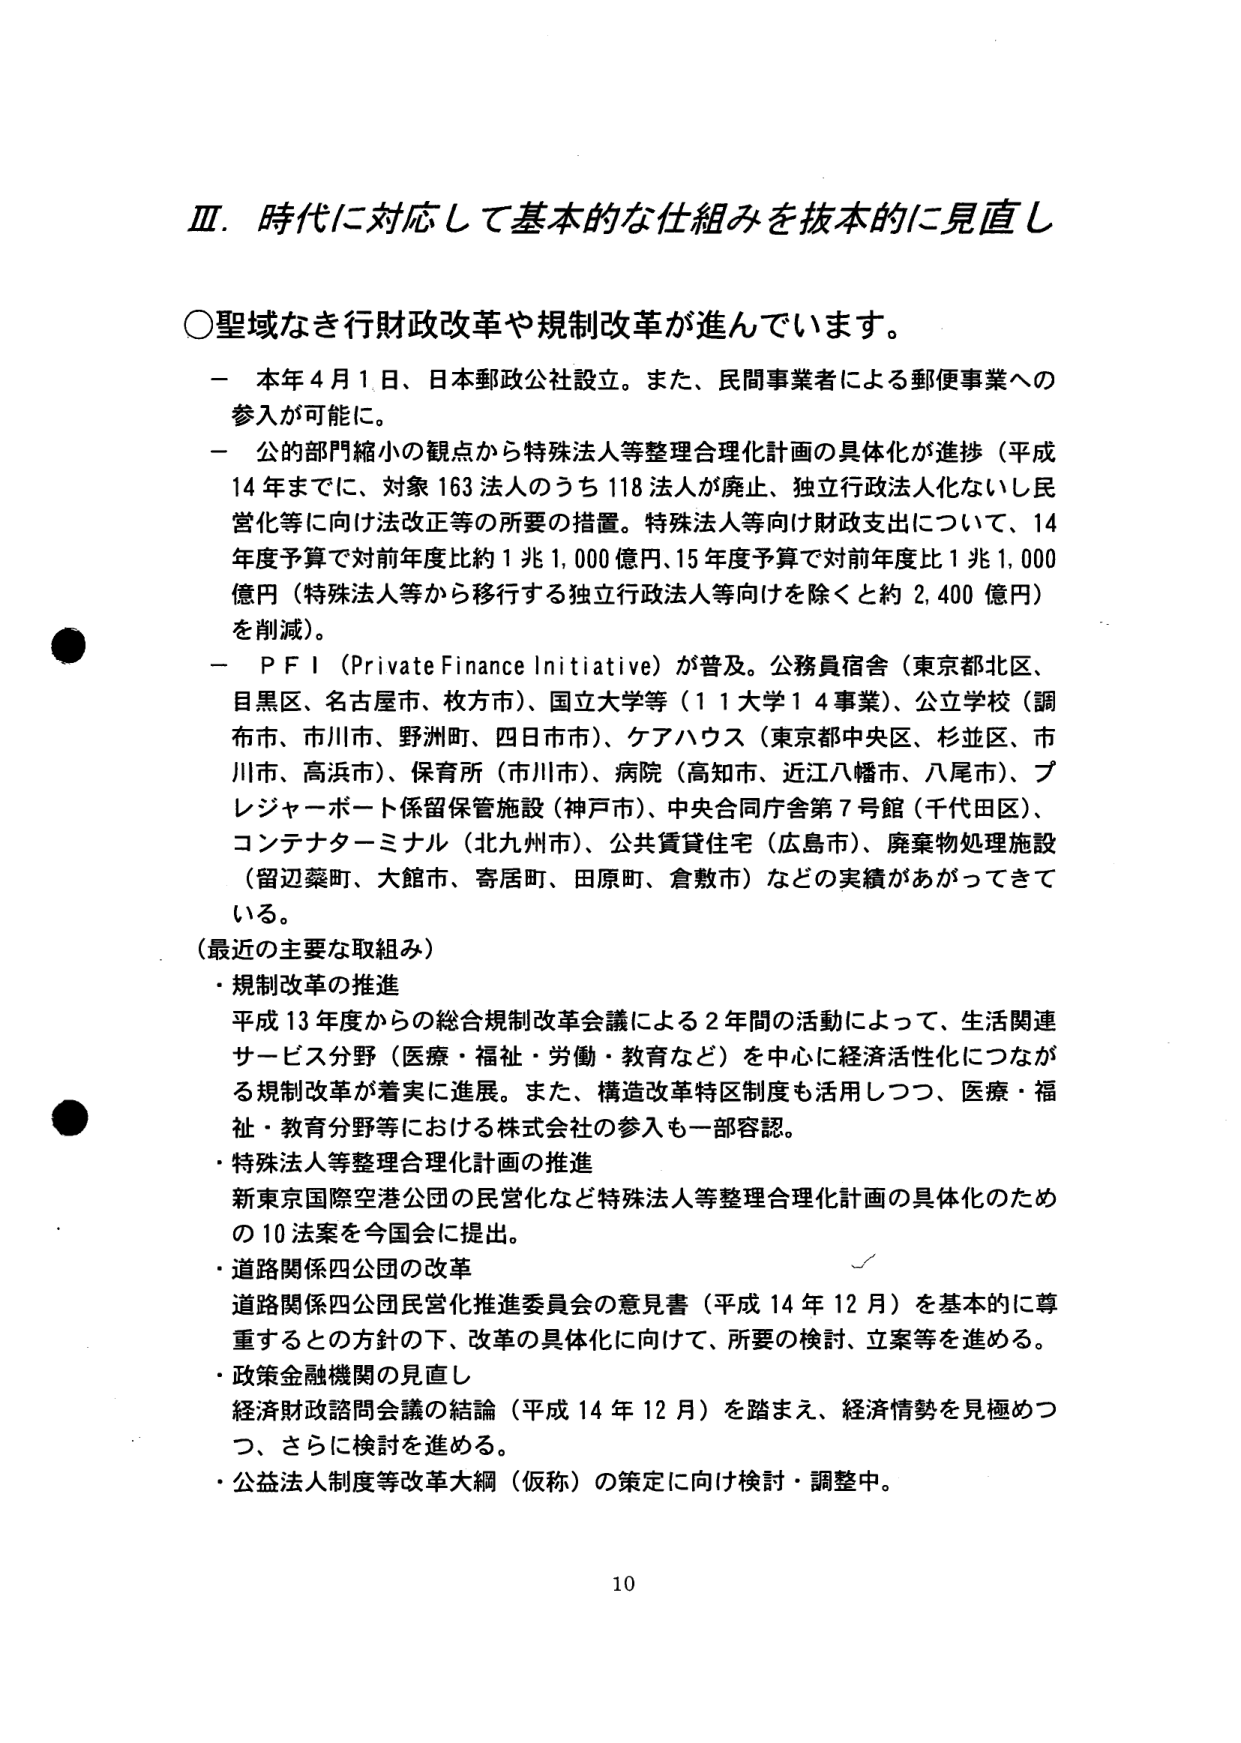
Ⅲ．時代に対応して基本的な仕組みを抜本的に見直し

○聖域なき行財政改革や規制改革が進んでいます。

－ 本年４月１日、日本郵政公社設立。また、民間事業者による郵便事業への参入が可能に。

－ 公的部門縮小の観点から特殊法人等整理合理化計画の具体化が進捗（平成14年までに、対象163法人のうち118法人が廃止、独立行政法人化ないし民営化等に向け法改正等の所要の措置。特殊法人等向け財政支出について、14年度予算で対前年度比約1兆1,000億円、15年度予算で対前年度比1兆1,000億円（特殊法人等から移行する独立行政法人等向けを除くと約2,400億円）を削減）。

－ PFI（Private Finance Initiative）が普及。公務員宿舎（東京都北区、目黒区、名古屋市、枚方市）、国立大学等（11大学14事業）、公立学校（調布市、市川市、野洲町、四日市市）、ケアハウス（東京都中央区、杉並区、市川市、高浜市）、保育所（市川市）、病院（高知市、近江八幡市、八尾市）、プレジャーボート係留保管施設（神戸市）、中央合同庁舎第7号館（千代田区）、コンテナターミナル（北九州市）、公共賃貸住宅（広島市）、廃棄物処理施設（留辺蘂町、大館市、寄居町、田原町、倉敷市）などの実績があがってきている。

（最近の主要な取組み）

・規制改革の推進
平成13年度からの総合規制改革会議による2年間の活動によって、生活関連サービス分野（医療・福祉・労働・教育など）を中心に経済活性化につながる規制改革が着実に進展。また、構造改革特区制度も活用しつつ、医療・福祉・教育分野等における株式会社の参入も一部容認。

・特殊法人等整理合理化計画の推進
新東京国際空港公団の民営化など特殊法人等整理合理化計画の具体化のための10法案を今国会に提出。

・道路関係四公団の改革
道路関係四公団民営化推進委員会の意見書（平成14年12月）を基本的に尊重するとの方針の下、改革の具体化に向けて、所要の検討、立案等を進める。

・政策金融機関の見直し
経済財政諮問会議の結論（平成14年12月）を踏まえ、経済情勢を見極めつつ、さらに検討を進める。

・公益法人制度等改革大綱（仮称）の策定に向け検討・調整中。

10